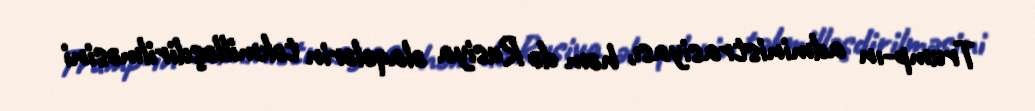
Trump-ın administrasiyası, həm də Rusiya əlaqələrin təkmilləşdirilməsini